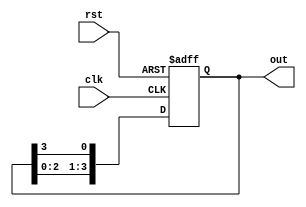
module ring_counter (
    input wire clk,
    input wire rst,
    output reg [3:0] out
);

reg [3:0] stage;

always @(posedge clk or posedge rst) begin
    if (rst) begin
        stage <= 4'b0001;
    end else begin
        stage <= {stage[2:0], stage[3]};
    end
end

assign out = stage;

endmodule